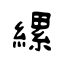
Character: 縲